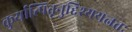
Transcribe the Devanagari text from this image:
कुर्यात्पितृनुद्दिश्ययत्नतः